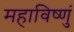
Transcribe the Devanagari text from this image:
महाविष्णुं